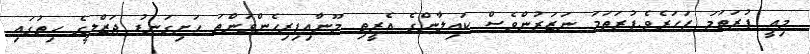
މިއީ ފުރަތަމަ ފަހަރެވެ.ފުރަތަމަ ނަޒަރުންވެސް ކައިލާންގެ އެރީތި މޫނާއިފިރިހެންވަންތަ ހަށިގަނޑު ޖަޒްލީގެ ހިތުގައި